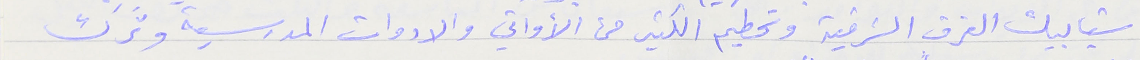
شبابيك الغرف الشرقية وتحطيم الكثير من الأواني والادوات المدرسية وتَرك